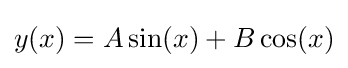
y(x)=A\sin(x)+B\cos(x)